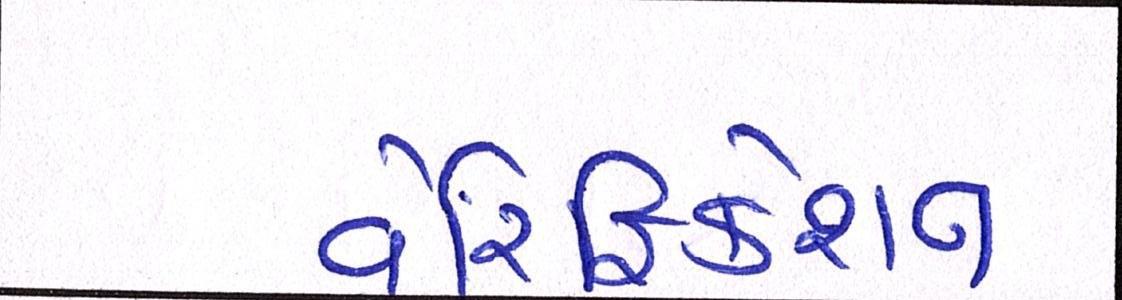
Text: વેરિફિકેશન